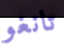
تانغو